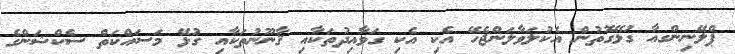
ޕްލޭނިންގއާ ގުޅޭގޮތުން އެކުލަވާލަންޖެހޭ އެކި އެކި ގަވާއިދުތަކާއި ޤާނޫނުތަކާއި ގުޅޭ މަސައްކަތް ސެކްޝަންގެ